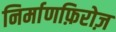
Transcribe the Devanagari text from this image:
निर्माणफ़िरोज़